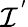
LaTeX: \mathcal{I}^{'}